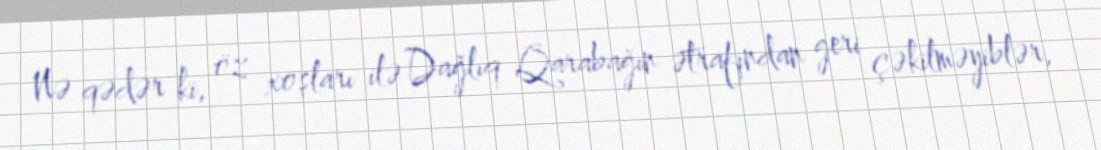
Nə qədər ki, öz xoşları ilə Dağlıq Qarabağın ətrafından geri çəkilməyiblər,